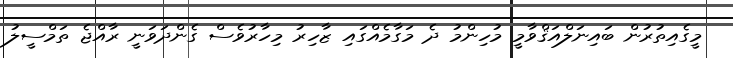
މީގެއިތުރުން ބައިނަލްއަޤްވާމީ މުހިންމު ދެ މަގާމެއްގައި ޒާހިރު މިހާރުވެސް ގެންދަވަނީ ރާއްޖެ ތަމްސީލު